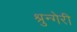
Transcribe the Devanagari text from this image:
श्रुन्गेरी